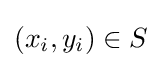
(x_{i},y_{i})\in S